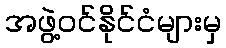
အဖွဲ့ဝင်နိုင်ငံများမှ